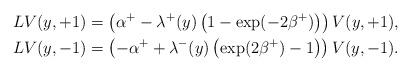
LaTeX: \begin{align*} L V(y, +1) & = \left(\alpha^+ - \lambda^+(y) \left( 1- \exp(- 2 \beta^+) \right) \right) V(y,+1), \\ LV(y,-1) & = \left( - \alpha^+ + \lambda^-(y) \left( \exp(2 \beta^+) - 1 \right) \right)V(y,-1).\end{align*}